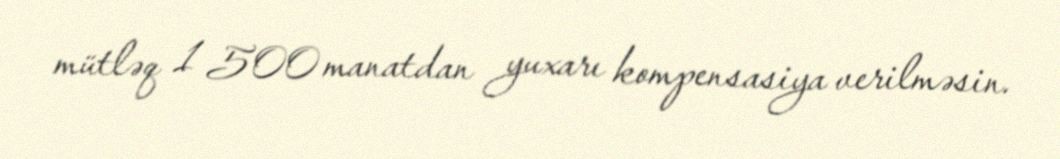
mütləq 1 500 manatdan yuxarı kompensasiya verilməsin.